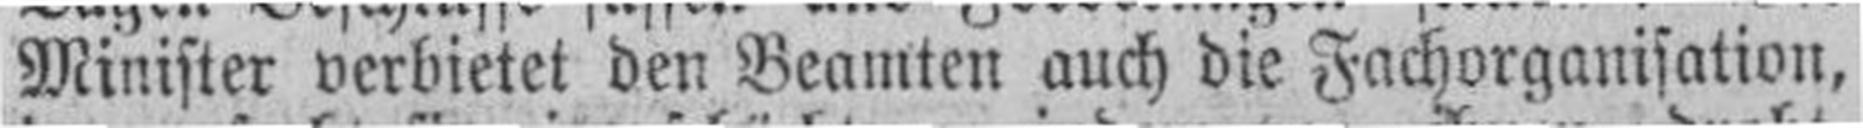
Minister verbietet den Beamten auch die Fachorganisation,